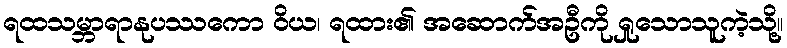
ရထသမ္ဘာရာနုပဿကော ဝိယ၊ ရထား၏ အဆောက်အဦကို ရှုသောသူကဲ့သို့။